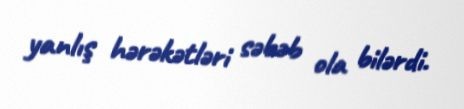
yanlış hərəkətləri səbəb ola bilərdi.